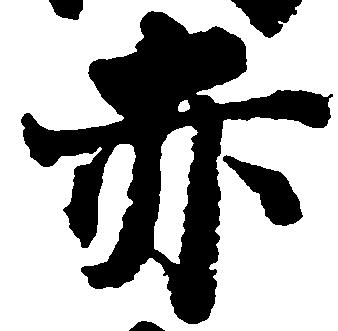
赤